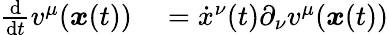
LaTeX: \begin{array}{rl}{\frac{\mathrm{d}}{\mathrm{d}t}v^{\mu}(\boldsymbol{x}(t))}&{{}=\dot{x}^{\nu}(t)\partial_{\nu}v^{\mu}(\boldsymbol{x}(t))}\end{array}